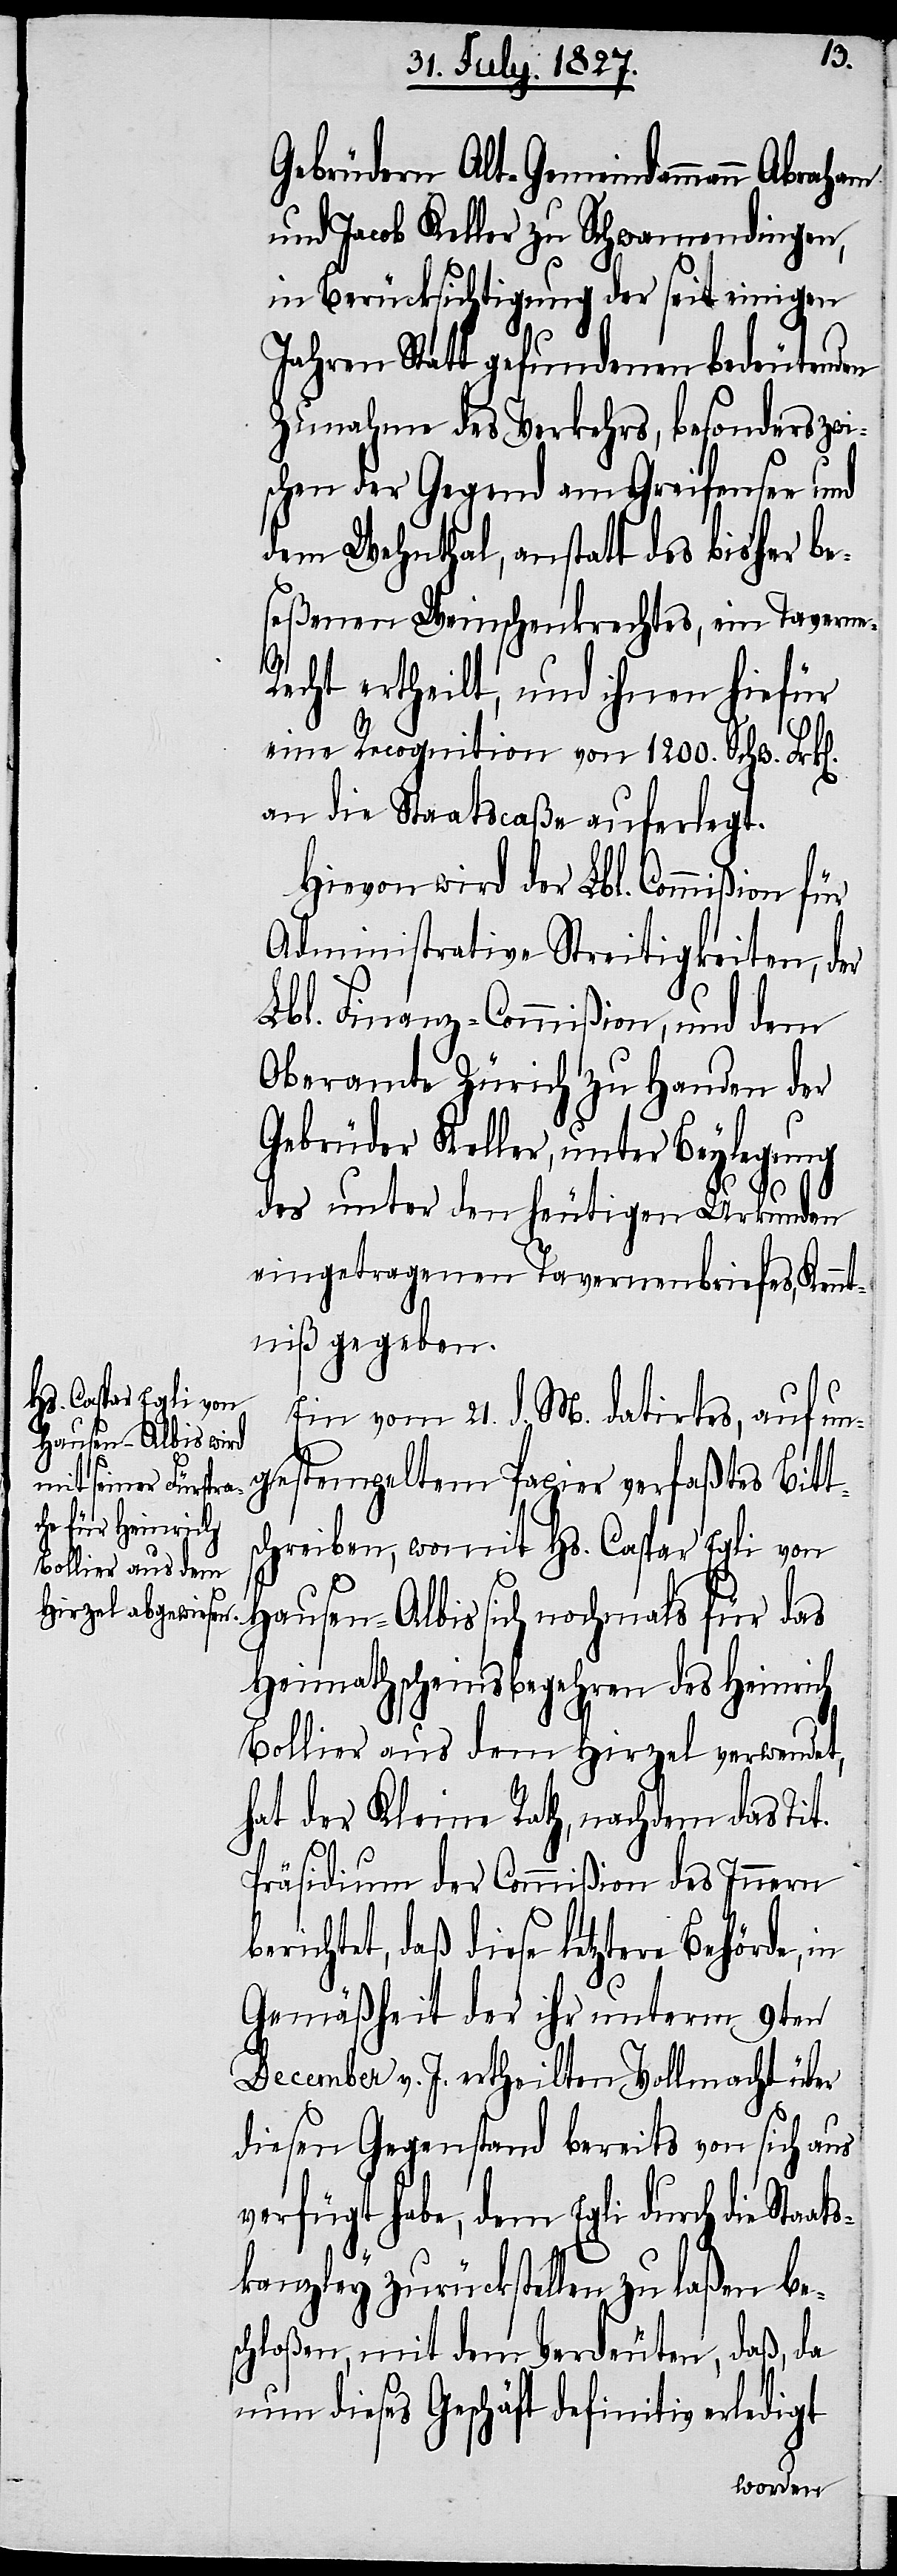
ats¬
Gebrüdern Alt-Gemeindammann Abraham
und Jacob Keller zu Schwamendingen,
in Berücksichtigung der seit einigen
Jahren Statt gefundenen bedeutenden
Zunahme des Verkehrs, besonders zwi¬
schen der Gegend am Greifensee und
dem Wehnthal, anstatt des bisher be¬
seßenen Weinschenkrechtes, ein Tavern¬
e-Recht ertheilt, und ihnen hiefür
eine Recognition von 1200. Schw. Frk[e¬
an die Staatscaße auferlegt.
Hievon wird der Lbl. Commißion für
Administrative Streitigkeiten, der
Lbl. Finanz-Commißion, und dem
Oberamte Zürich zu Handen der
Gebrüder Keller, unter Beylegung
des unter den heutigen Urkunden
eingetragenen Tavernenbriefes, Kennt¬
niß gegeben.
Ein vom 21. d. M. datirtes, auf un¬
gestempeltem Papier verfaßtes Bitt¬
schreiben, womit Hs. Caspar Egli von
Hausen-Albis sich nochmals für das
Heimathscheinsbegehren des Heinrich
Bollier aus dem Hirzel verwendet,
hat der Kleine Rath, nachdem das Tit.
Präsidium der Commißion des Innern
erichtet, daß diese letztere Behörde,
Gemäßheit der ihr unterm 9ten
December v. J. ertheilten Vollmacht über
diesen Gegenstand bereits von sich aus
verfügt habe, dem Egli durch die Sta¬
kanzley zurückstellen zu laßen bes¬
chloßen, mit dem Verdeuten, daß, da
nun dieses Geschäft definitiv erledigt